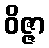
ဝိဇ္ဇာ